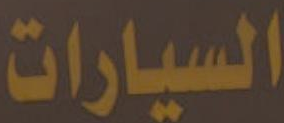
السيارات